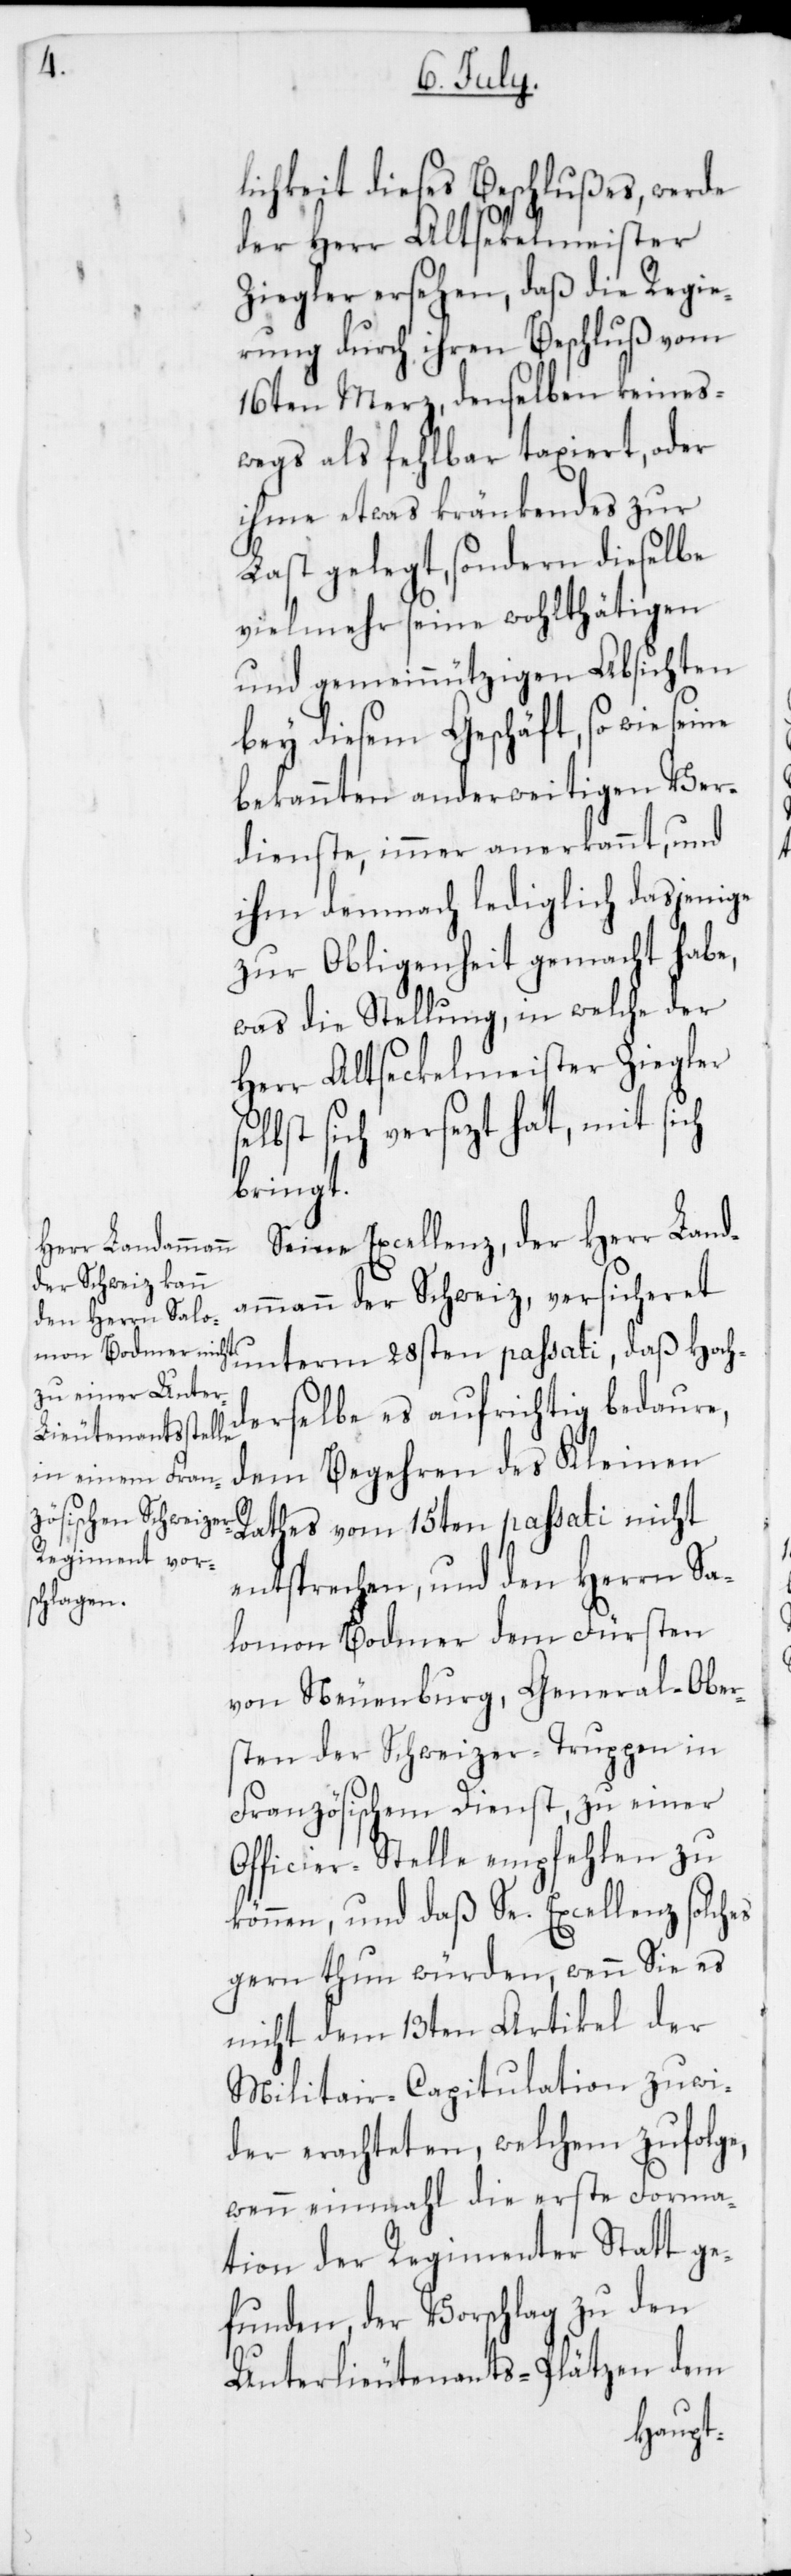
s¬

lichkeit dieses Beschlußes, werde
der Herr Altsekelmeister
Ziegler ersehen, daß die Regie¬
rung durch ihren Beschluß vom
16ten Merz, denselben keines¬
wegs als fehlbar taxiert, oder
ihme etwas kränkendes zur
Last gelegt, sondern dieselbe
vielmehr seine wohlthätigen
und gemeinnützigen Absichten
bey diesem Geschäft, so wie seine
bekannten anderweitigen Ver¬
dienste, immer anerkannt, und
ihm demnach lediglich dasjenige
zur Obligenheit gemacht habe,
was die Stellung, in welche der
Herr Altseckelmeister Ziegler
elbst sich versezt hat, mit sich
bringt.
Seine Excellenz, der Herr Land¬
ammann der Schweiz versicheret
unterm 28sten passati, daß Hoch¬
derselbe es aufrichtig bedaure,
dem Begehren des Kleinen
Rathes vom 15ten passati nicht
entsprechen, und den Herrn Sa¬
lomon Bodmer dem Fürsten
von Neuenburg, General-Ober¬
sten der Schweizer-Truppen in
Französischem Dienst, zu einer
Officier-Stelle empfehlen zu
können, und daß Se. Excellenz solches
gern thun würden, wenn sie es
nicht dem 13ten Artikel der
Militair-Capitulation zuwi¬
der erachteten, welchem zufolge,
wenn einmal die erste Forma¬
tion der Regimenter Statt ge¬
funden, der Vorschlag zu den
Unterlieutenants-Plätzen dem